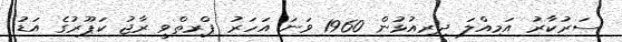
ސަރުކާރު އަމިއްލަ ދިރިއުޅުން 1960 ވަނަ އަހަރު ޕްރިތްވީ ރާޖު ކަޕޫރުގެ އަޑު